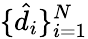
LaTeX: \{ \hat{d_{i}}\} _{i=1}^{N}